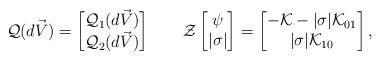
LaTeX: \begin{align*}{\cal Q}(d\vec{V})=\left[\begin{matrix}{\cal Q}_1(d\vec{V}) \\{\cal Q}_2(d\vec{V})\end{matrix}\right]\qquad{\cal Z}\left[\begin{matrix}\psi \\|\sigma|\end{matrix}\right]=\left[\begin{matrix}-{\cal K}-|\sigma|{\cal K}_{01} \\|\sigma|{\cal K}_{10} \end{matrix}\right],\end{align*}